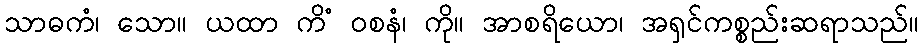
သာဓကံ၊ သော။ ယထာ ကိံ ဝစနံ၊ ကို။ အာစရိယော၊ အရှင်ကစ္စည်းဆရာသည်။